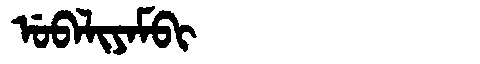
Manchu: ᡠᠪᠠᠯᡳᠶᠠᠮᠪᡳ
Romanization: UBALIYAMBI